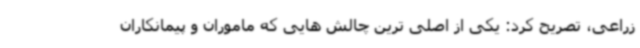
زراعی، تصریح کرد: یکی از اصلی ترین چالش هایی که ماموران و پیمانکاران